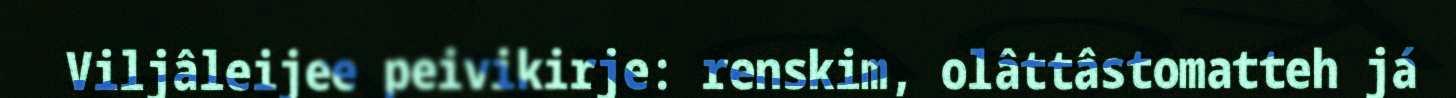
Viljâleijee peivikirje: renskim, olâttâstomatteh já